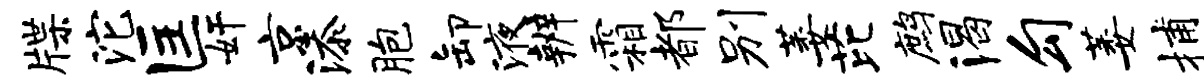
牒沱匡奸京添胞卸液辨霜都别萎芘鹧渴勾萎捕